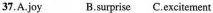
37.A.joy B.surprise C.excitement